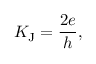
K _ { \mathrm { J } } = { \frac { 2 e } { h } } ,